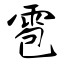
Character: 雹